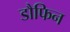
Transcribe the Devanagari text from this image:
डौफिन